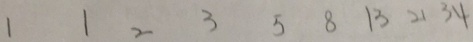
1 1 2 3 5 8 1 3 2 1 3 4